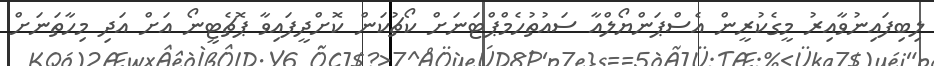
ލިބިފައިނުވާއިރު މީގެކުރީން އެސްޕަންޔޯލްއާ ސައުތުހެމްޕްޓަނަށް ކޯޗުކަން ކޮށްދީފައިވާ ޕޮޗެޓީނޯ އަށް އަދި މިހާތަނަށް